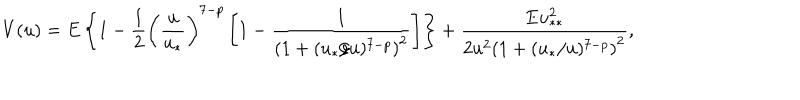
V ( u ) = E \left\{ 1 - \frac { 1 } { 2 } \left( \frac { u } { u _ { * } } \right) ^ { 7 - p } \left[ 1 - \frac { 1 } { \left( 1 + ( u _ { * } / u ) ^ { 7 - p } \right) ^ { 2 } } \right] \right\} + \frac { E u _ { * * } ^ { 2 } } { 2 u ^ { 2 } \left( 1 + ( u _ { * } / u ) ^ { 7 - p } \right) ^ { 2 } } ,